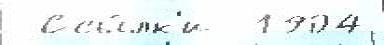
 Ссы́лк'и  1904